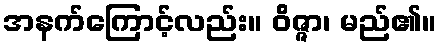
အနက်ကြောင့်လည်း။ ဝိဇ္ဇာ၊ မည်၏။